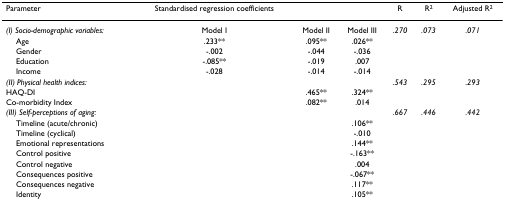
<table><thead><tr><td><b>Parameter</b></td><td><b>Standardised regression coefficients</b></td><td></td><td></td><td><b>R</b></td><td><b>R<sup>2</sup></b></td><td><b>Adjusted R<sup>2</sup></b></td></tr></thead><tbody><tr><td><i>(I) Socio-demographic variables:</i></td><td>Model I</td><td>Model II</td><td>Model III</td><td><i>.270</i></td><td><i>.073</i></td><td><i>.071</i></td></tr><tr><td> Age</td><td>.233**</td><td>.095**</td><td>.026**</td><td></td><td></td><td></td></tr><tr><td> Gender</td><td>-.002</td><td>-.044</td><td>-.036</td><td></td><td></td><td></td></tr><tr><td> Education</td><td>-.085**</td><td>-.019</td><td>.007</td><td></td><td></td><td></td></tr><tr><td> Income</td><td>-.028</td><td>-.014</td><td>-.014</td><td></td><td></td><td></td></tr><tr><td><i>(II) Physical health indices:</i></td><td></td><td></td><td></td><td><i>.543</i></td><td><i>.295</i></td><td><i>.293</i></td></tr><tr><td>HAQ-DI</td><td></td><td>.465**</td><td>.324**</td><td></td><td></td><td></td></tr><tr><td>Co-morbidity Index</td><td></td><td>.082**</td><td>.014</td><td></td><td></td><td></td></tr><tr><td><i>(III) Self-perceptions of aging:</i></td><td></td><td></td><td></td><td><i>.667</i></td><td><i>.446</i></td><td><i>.442</i></td></tr><tr><td> Timeline (acute/chronic)</td><td></td><td></td><td>.106**</td><td></td><td></td><td></td></tr><tr><td> Timeline (cyclical)</td><td></td><td></td><td>-.010</td><td></td><td></td><td></td></tr><tr><td> Emotional representations</td><td></td><td></td><td>.144**</td><td></td><td></td><td></td></tr><tr><td> Control positive</td><td></td><td></td><td>-.163**</td><td></td><td></td><td></td></tr><tr><td> Control negative</td><td></td><td></td><td>.004</td><td></td><td></td><td></td></tr><tr><td> Consequences positive</td><td></td><td></td><td>-.067**</td><td></td><td></td><td></td></tr><tr><td> Consequences negative</td><td></td><td></td><td>.117**</td><td></td><td></td><td></td></tr><tr><td> Identity</td><td></td><td></td><td>.105**</td><td></td><td></td><td></td></tr></tbody></table>